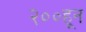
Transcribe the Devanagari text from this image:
२००हून